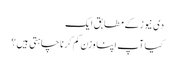
دی نیوز کے مطابق ایک
کیا آپ اپنا وزن کم کرنا چاہتی ہیں ؟